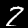
Label: 2